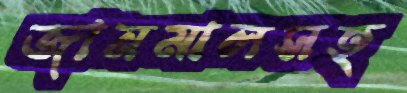
জানমালসহ